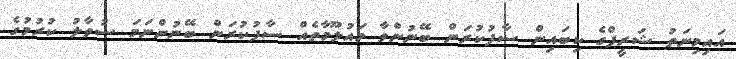
އައިމިނަތު ޝަރީފްގެ ކިބައިން ސާފުކުރަން ބޭނުންވާ މައުލޫމާތެއް ސާފުކުރަން ބޭނުންނަމަ ސުވާލު ކުރުމުގެ